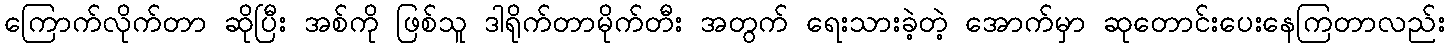
ကြောက်လိုက်တာ ဆိုပြီး အစ်ကို ဖြစ်သူ ဒါရိုက်တာမိုက်တီး အတွက် ရေးသားခဲ့တဲ့ အောက်မှာ ဆုတောင်းပေးနေကြတာလည်း